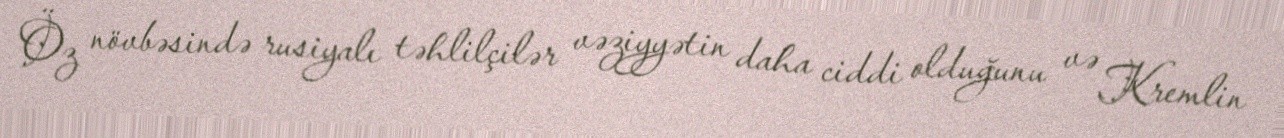
Öz növbəsində rusiyalı təhlilçilər vəziyyətin daha ciddi olduğunu və Kremlin